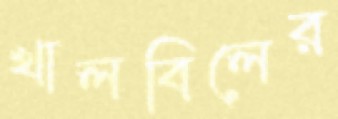
খালবিলের